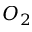
O _ { 2 }